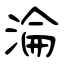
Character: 淪